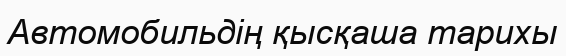
Автомобильдің қысқаша тарихы